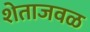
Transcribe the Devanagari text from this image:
शेताजवळ